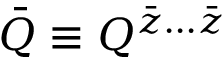
\bar { Q } \equiv Q ^ { \bar { z } \ldots \bar { z } }